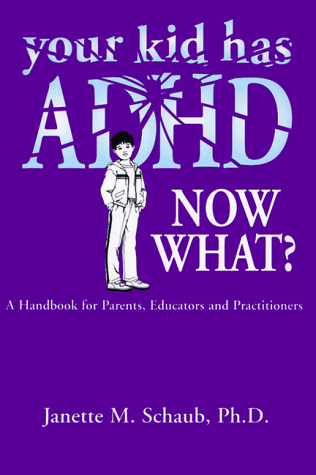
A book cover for Your Kid Has Adhd, Now What?: A Handbook for Parents, Educators & Practitioners; Janette Schaub; Parenting & Relationships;